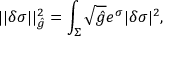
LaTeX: | | \delta \sigma | | _ { \hat { g } } ^ { 2 } = \int _ { \Sigma } \sqrt { \hat { g } } e ^ { \sigma } | \delta \sigma | ^ { 2 } ,